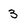
Character: 3